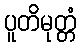
ပူတိမုတ္တံ